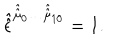
\hat { \hat { \epsilon } } ^ { \hat { \hat { \mu } } _ { 0 } \ldots \hat { \hat { \mu } } _ { 1 0 } } = 1 .